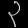
Digit: ၃